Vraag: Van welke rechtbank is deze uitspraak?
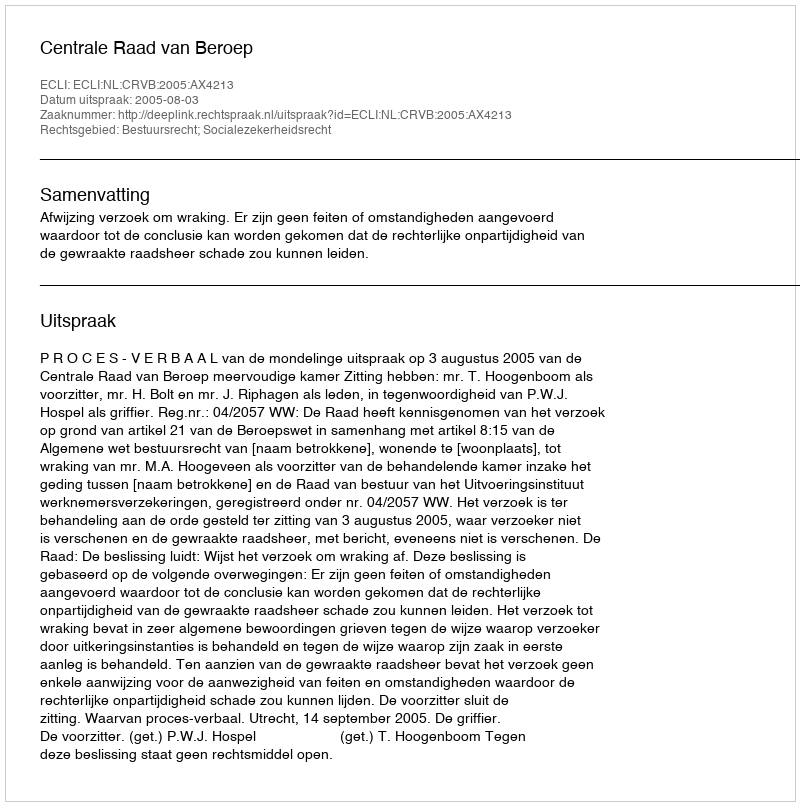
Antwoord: Centrale Raad van Beroep